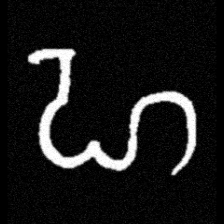
Pyu character \u2014 Myanmar letter: ဟ (romanized: ha)